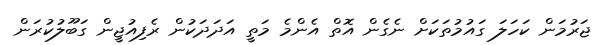
ޖަރުމަން ކަހަލަ ގައުމުތަކަށް ނެގެން އޮތް އެންމެ މަތީ އަދަދަކުން ރެފިއުޖީން ގަބޫލުކުރަން